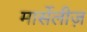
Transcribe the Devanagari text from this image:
मार्सेलीज़